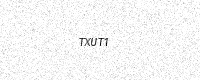
Text: TXUT1